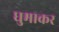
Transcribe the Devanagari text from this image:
धुमाकर